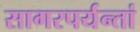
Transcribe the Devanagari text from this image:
सागरपर्यन्तां